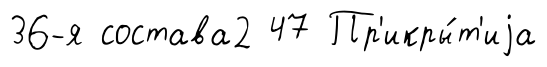
36-я состава2 47 Пр'икры́т'иjа